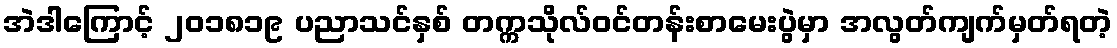
အဲဒါကြောင့် ၂၀၁၈၁၉ ပညာသင်နှစ် တက္ကသိုလ်ဝင်တန်းစာမေးပွဲမှာ အလွတ်ကျက်မှတ်ရတဲ့